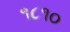
૧૮૧૦